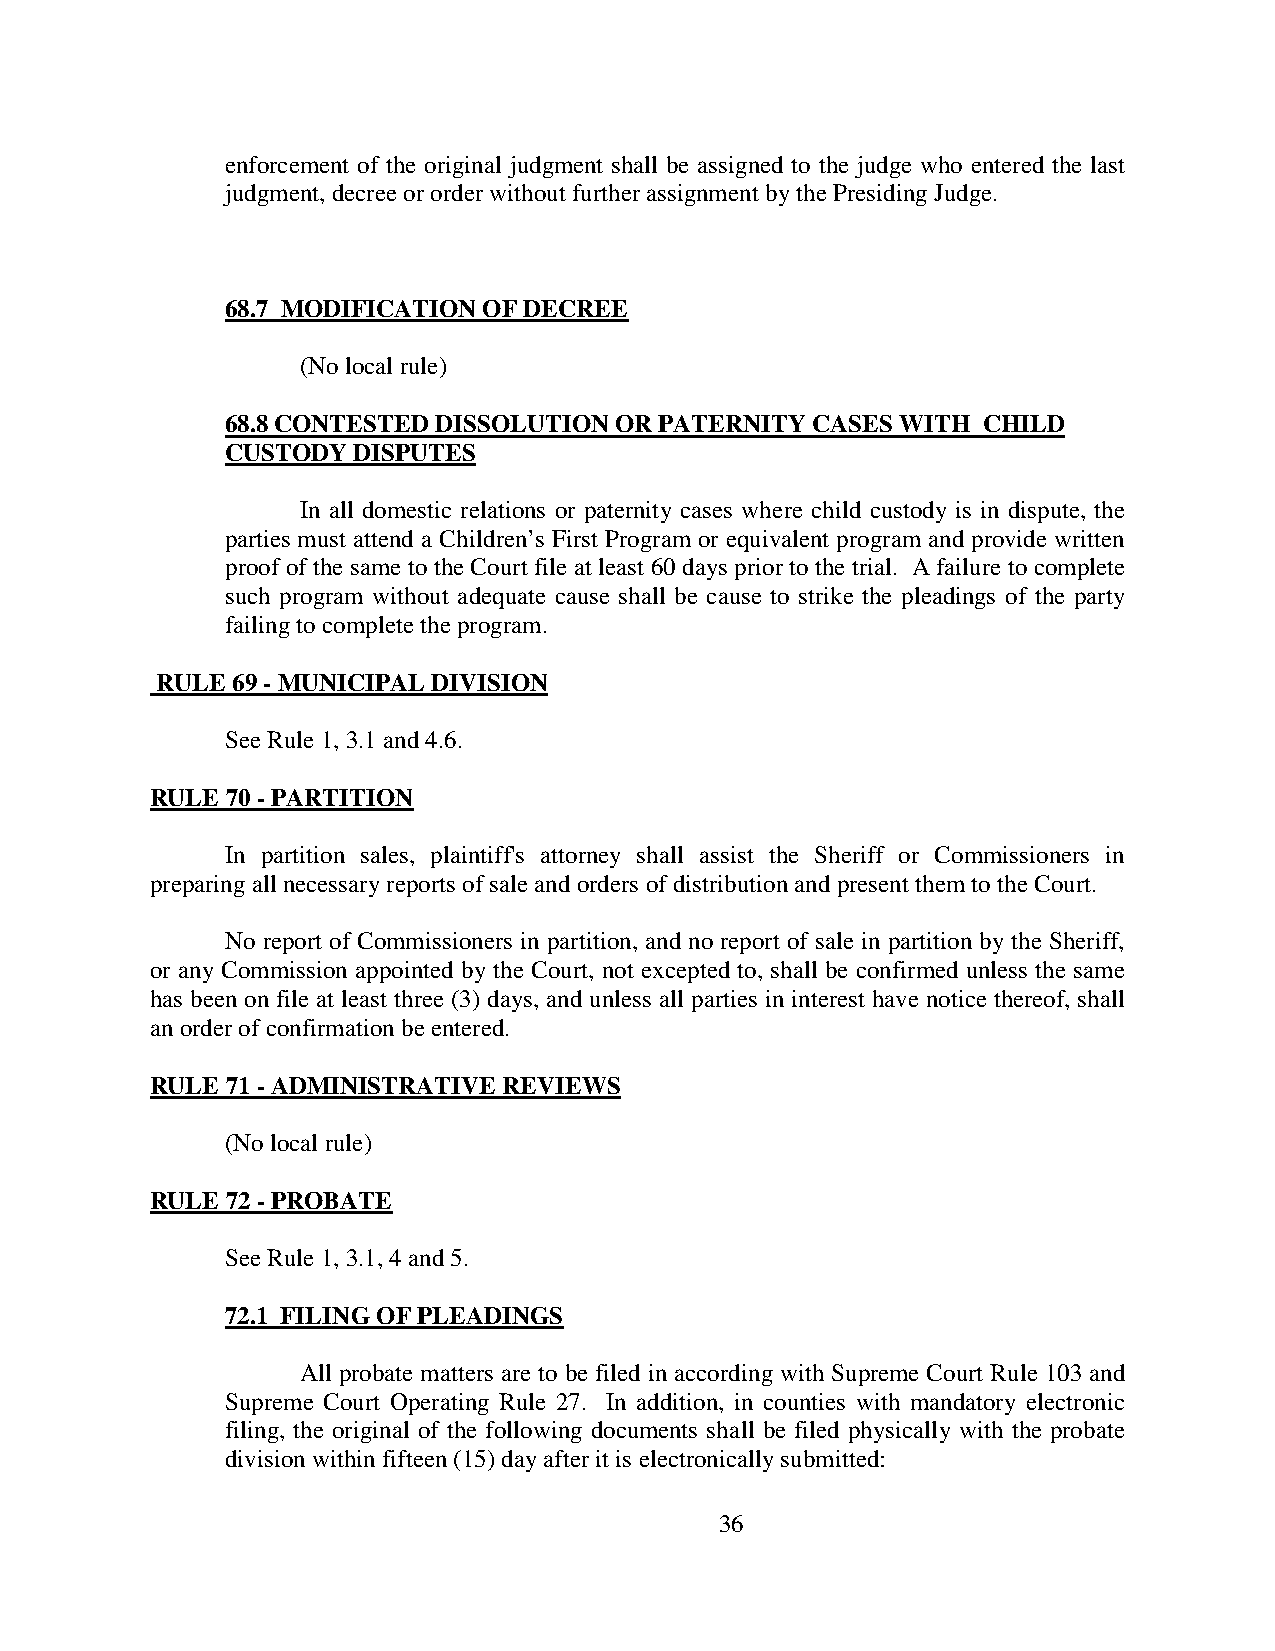
enforcement of the original judgment shall be assigned to the judge who entered the last
 judgment, decree or order without further assignment by the Presiding Judge.
 68.7 MODIFICATION OF DECREE
 (No local rule)
 68.8 CONTESTED DISSOLUTION OR PATERNITY CASES WITH CHILD
 CUSTODY DISPUTES
 In all domestic relations or paternity cases where child custody is in dispute, the
 parties must attend a Children’s First Program or equivalent program and provide written
 proof of the same to the Court file at least 60 days prior to the trial. A failure to complete
 such program without adequate cause shall be cause to strike the pleadings of the party
 failing to complete the program.
 RULE 69 - MUNICIPAL DIVISION
 See Rule 1, 3.1 and 4.6.
 RULE 70 - PARTITION
 In partition sales, plaintiff's attorney shall assist the Sheriff or Commissioners in
 preparing all necessary reports of sale and orders of distribution and present them to the Court.
 No report of Commissioners in partition, and no report of sale in partition by the Sheriff,
 or any Commission appointed by the Court, not excepted to, shall be confirmed unless the same
 has been on file at least three (3) days, and unless all parties in interest have notice thereof, shall
 an order of confirmation be entered.
 RULE 71 - ADMINISTRATIVE REVIEWS
 (No local rule)
 RULE 72 - PROBATE
 See Rule 1, 3.1, 4 and 5.
 72.1 FILING OF PLEADINGS
 All probate matters are to be filed in according with Supreme Court Rule 103 and
 Supreme Court Operating Rule 27. In addition, in counties with mandatory electronic
 filing, the original of the following documents shall be filed physically with the probate
 division within fifteen (15) day after it is electronically submitted:
 36